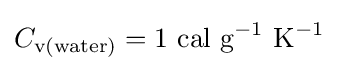
C_{\text{v(water)}}=1{\text{ cal g}}^{-1}{\text{ K}}^{-1}